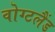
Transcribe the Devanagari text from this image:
वोग्टलैंड